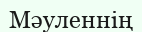
Мәуленнің